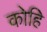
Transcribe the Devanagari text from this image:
कोहि